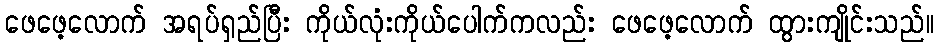
ဖေဖေ့လောက် အရပ်ရှည်ပြီး ကိုယ်လုံးကိုယ်ပေါက်ကလည်း ဖေဖေ့လောက် ထွားကျိုင်းသည်။